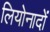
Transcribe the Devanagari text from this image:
लियोनादों